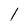
Character: l